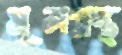
মূলগ্রন্থ